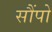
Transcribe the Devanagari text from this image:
सौंपो